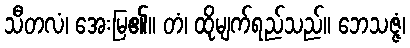
သီတလံ၊ အေးမြ၏။ တံ၊ ထိုမျက်ရည်သည်။ ဘေသဇ္ဇံ၊